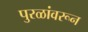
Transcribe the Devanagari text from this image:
पुरळांवरून